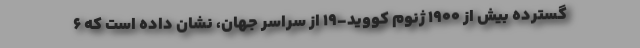
گسترده بیش از ۱۹۰۰ ژنوم کووید-۱۹ از سراسر جهان، نشان داده است که ۶